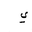
Letter: _ya